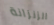
الزنزانة